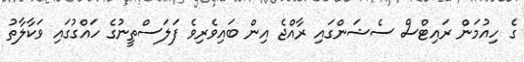
ގެ ހިއުމަން ރައިޓްސް ސެޝަންގައި ރާއްޖެ އިން ބައިވެރިވެ ފަލަސްތީނުގެ ހައްގުގައި ވަކާލާތު